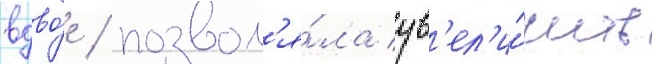
вдво́е / позвол'я́ла ув'ел'и́чить